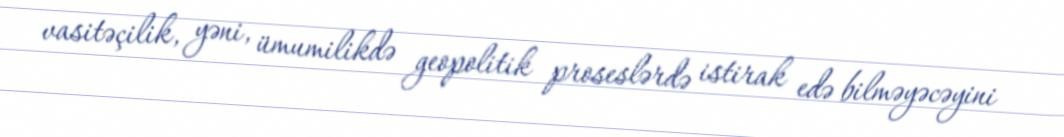
vasitəçilik, yəni, ümumilikdə geopolitik proseslərdə istirak edə bilməyəcəyini